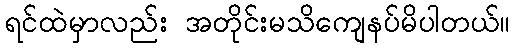
ရင်ထဲမှာလည်း အတိုင်းမသိကျေနပ်မိပါတယ်။